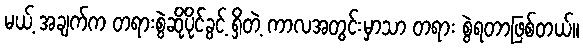
မယ့် အချက်က တရားစွဲဆိုပိုင်ခွင့် ရှိတဲ့ ကာလအတွင်းမှာသာ တရား စွဲရတာဖြစ်တယ်။